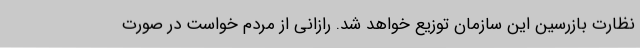
نظارت بازرسین این سازمان توزیع خواهد شد. رازانی از مردم خواست در صورت